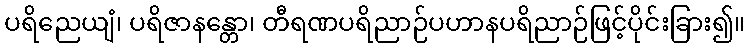
ပရိညေယျံ၊ ပရိဇာနန္တော၊ တီရဏပရိညာဉ်ပဟာနပရိညာဉ်ဖြင့်ပိုင်းခြား၍။